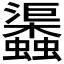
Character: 𧕎